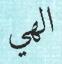
الھي